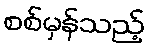
စစ်မှန်သည့်